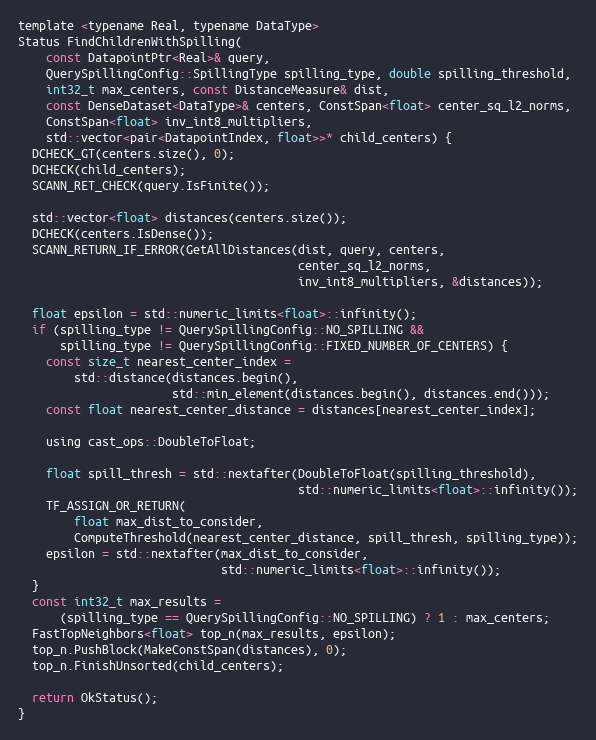
Language: C
template <typename Real, typename DataType>
Status FindChildrenWithSpilling(
    const DatapointPtr<Real>& query,
    QuerySpillingConfig::SpillingType spilling_type, double spilling_threshold,
    int32_t max_centers, const DistanceMeasure& dist,
    const DenseDataset<DataType>& centers, ConstSpan<float> center_sq_l2_norms,
    ConstSpan<float> inv_int8_multipliers,
    std::vector<pair<DatapointIndex, float>>* child_centers) {
  DCHECK_GT(centers.size(), 0);
  DCHECK(child_centers);
  SCANN_RET_CHECK(query.IsFinite());

  std::vector<float> distances(centers.size());
  DCHECK(centers.IsDense());
  SCANN_RETURN_IF_ERROR(GetAllDistances(dist, query, centers,
                                        center_sq_l2_norms,
                                        inv_int8_multipliers, &distances));

  float epsilon = std::numeric_limits<float>::infinity();
  if (spilling_type != QuerySpillingConfig::NO_SPILLING &&
      spilling_type != QuerySpillingConfig::FIXED_NUMBER_OF_CENTERS) {
    const size_t nearest_center_index =
        std::distance(distances.begin(),
                      std::min_element(distances.begin(), distances.end()));
    const float nearest_center_distance = distances[nearest_center_index];

    using cast_ops::DoubleToFloat;

    float spill_thresh = std::nextafter(DoubleToFloat(spilling_threshold),
                                        std::numeric_limits<float>::infinity());
    TF_ASSIGN_OR_RETURN(
        float max_dist_to_consider,
        ComputeThreshold(nearest_center_distance, spill_thresh, spilling_type));
    epsilon = std::nextafter(max_dist_to_consider,
                             std::numeric_limits<float>::infinity());
  }
  const int32_t max_results =
      (spilling_type == QuerySpillingConfig::NO_SPILLING) ? 1 : max_centers;
  FastTopNeighbors<float> top_n(max_results, epsilon);
  top_n.PushBlock(MakeConstSpan(distances), 0);
  top_n.FinishUnsorted(child_centers);

  return OkStatus();
}